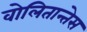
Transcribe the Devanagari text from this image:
वोलितान्तेस